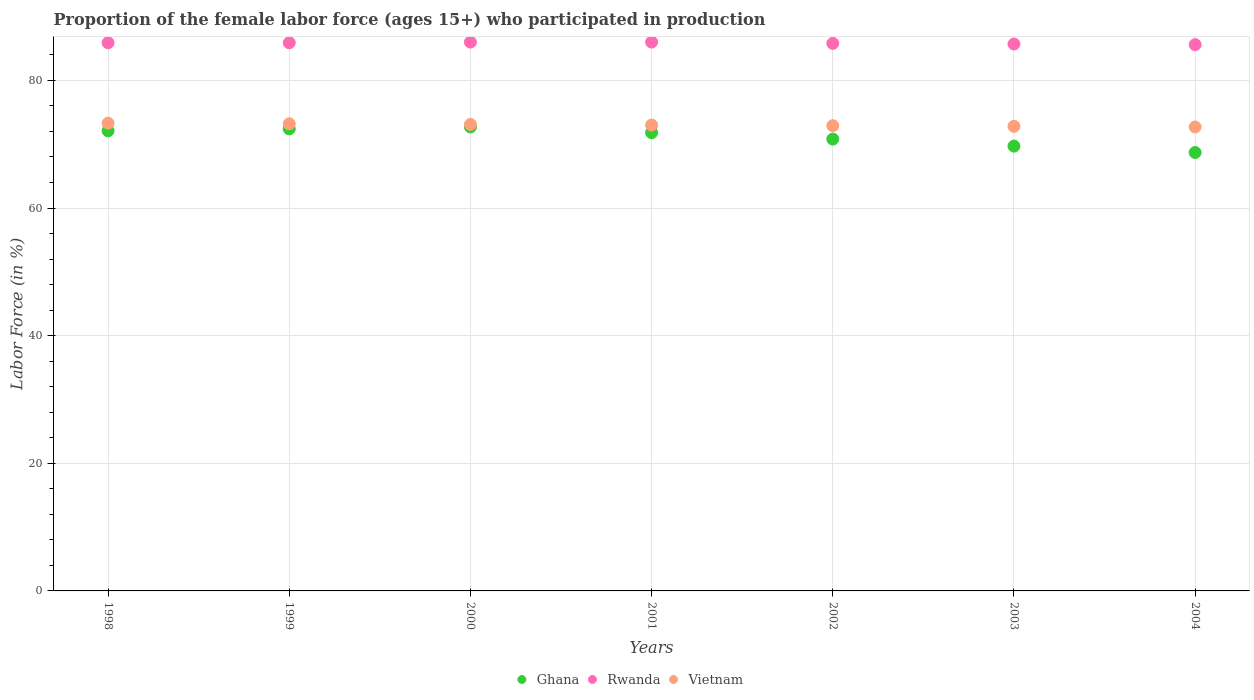
| Years | Ghana | Rwanda | Vietnam |
 | --- | --- | --- | --- |
 | 1998 | 72.1 | 85.9 | 73.3 |
 | 1999 | 72.4 | 85.9 | 73.2 |
 | 2000 | 72.7 | 86 | 73.1 |
 | 2001 | 71.8 | 86 | 73 |
 | 2002 | 70.8 | 85.8 | 72.9 |
 | 2003 | 69.7 | 85.7 | 72.8 |
 | 2004 | 68.7 | 85.6 | 72.7 |